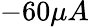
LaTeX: -60\mu A